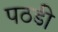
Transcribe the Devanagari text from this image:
पठडी